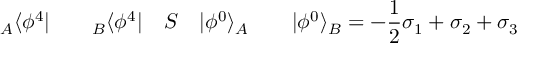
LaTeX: { } _ { A } \langle \phi ^ { 4 } | \qquad { } _ { B } \langle \phi ^ { 4 } | \quad S \quad | \phi ^ { 0 } \rangle _ { A } \qquad | \phi ^ { 0 } \rangle _ { B } = - \frac { 1 } { 2 } \sigma _ { 1 } + \sigma _ { 2 } + \sigma _ { 3 }